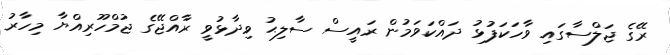
ރޭގެ ޖަލްސާގައި ވާހަކަފުޅު ދައްކަަވަމުން ރައީސް ސާލިޙު ވިދާޅުވީ ރާއްޖޭގެ ޖުމްހޫރިއްޔާ މިހާރު